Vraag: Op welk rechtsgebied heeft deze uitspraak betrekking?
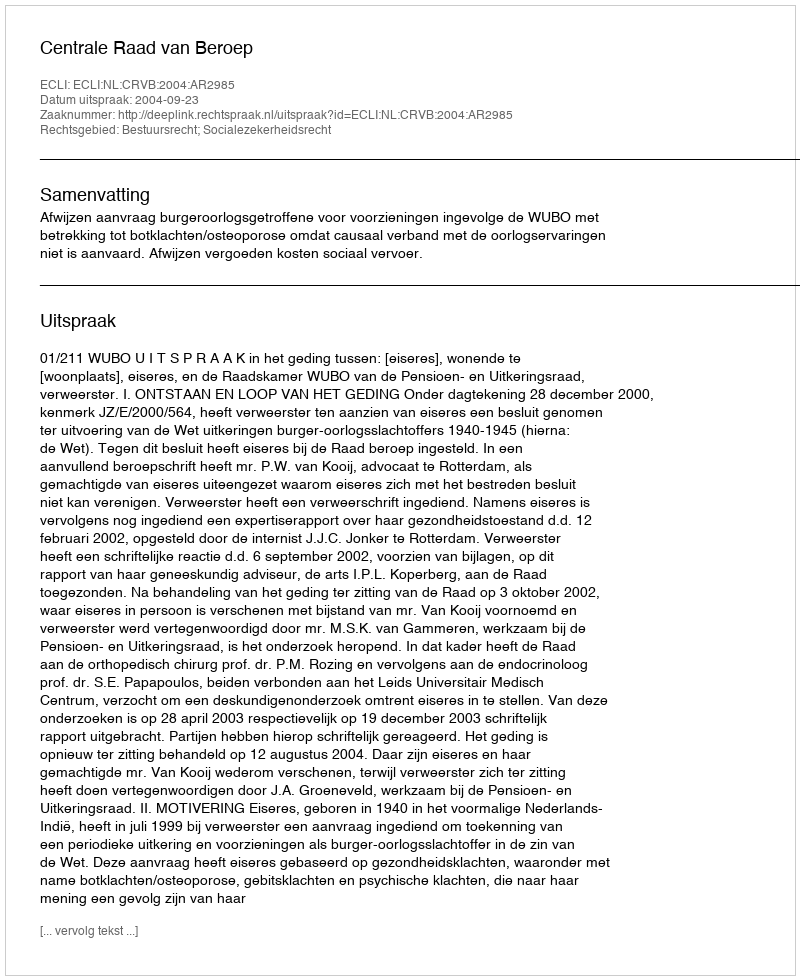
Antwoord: Bestuursrecht; Socialezekerheidsrecht